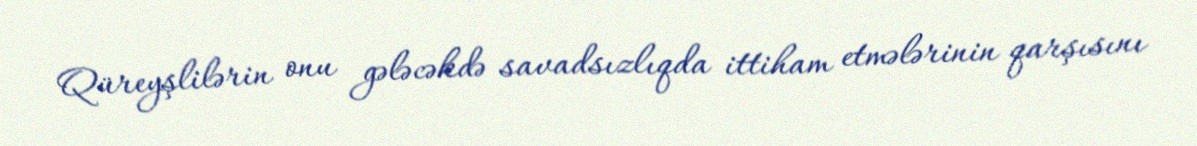
Qüreyşlilərin onu gələcəkdə savadsızlıqda ittiham etmələrinin qarşısını